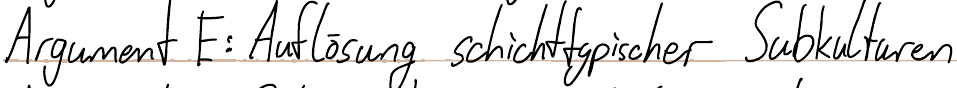
Argument E: Auflösung schichttypischer Subkulturen